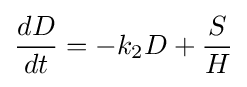
{\frac {dD}{dt}}=-k_{2}D+{\frac {S}{H}}